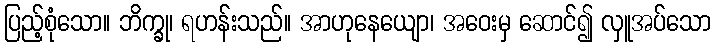
ပြည့်စုံသော။ ဘိက္ခု၊ ရဟန်းသည်။ အာဟုနေယျော၊ အဝေးမှ ဆောင်၍ လှူအပ်သော